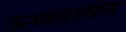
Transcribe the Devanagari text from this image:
ऊर्ध्वगमन